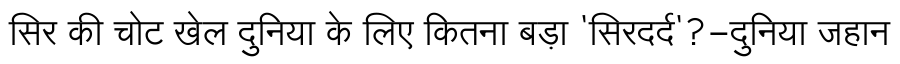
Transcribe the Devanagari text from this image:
सिर की चोट खेल दुनिया के लिए कितना बड़ा 'सिरदर्द'?-दुनिया जहान